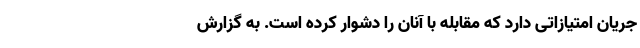
جریان امتیازاتی دارد که مقابله با آنان را دشوار کرده است. به گزارش